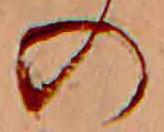
の